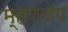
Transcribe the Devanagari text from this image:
म्हणजेप